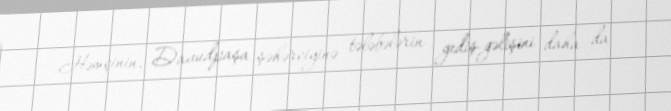
Həmçinin, Davudpaşa şəhərciyinə tələbələrin gediş-gəlişini daha da